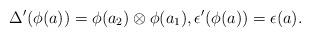
LaTeX: \begin{align*}\Delta'(\phi(a))&=\phi(a_2)\otimes \phi(a_1),\epsilon'(\phi(a))=\epsilon(a).\end{align*}